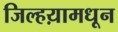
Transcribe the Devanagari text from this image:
जिल्हय़ामधून